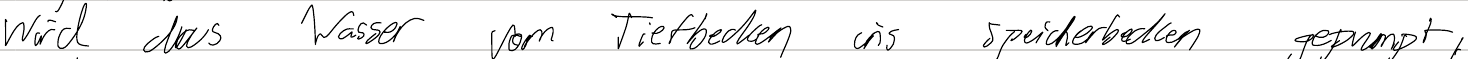
wird das Wasser vom Tiefbecken ins Speicherbecken gepumpt,